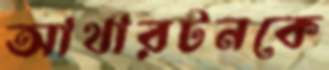
আথারটনকে